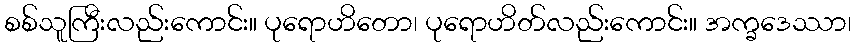
စစ်သူကြီးလည်းကောင်း။ ပုရောဟိတော၊ ပုရောဟိတ်လည်းကောင်း။ အက္ခဒေဿာ၊